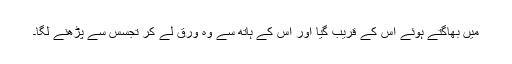
میں بھاگتے ہوئے اس کے قریب گیا اور اس کے ہاتھ سے وہ ورق لے کر تجسس سے پڑھنے لگا۔